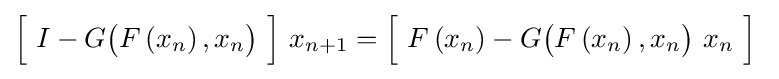
{\Bigl [}\ I-G{\bigl (}F\left(x_{n}\right),x_{n}{\bigr )}\ {\Bigr ]}\ x_{n+1}={\Bigl [}\ F\left(x_{n}\right)-G{\bigl (}F\left(x_{n}\right),x_{n}{\bigr )}\ x_{n}\ {\Bigr ]}\